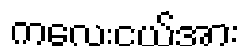
ကလေးငယ်အား